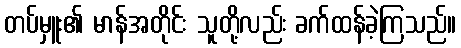
တပ်မှူး၏ မာန်အတိုင်း သူတို့လည်း ခက်ထန်ခဲ့ကြသည်။